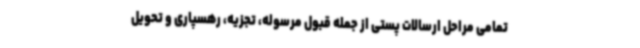
تمامی مراحل ارسالات پستی از جمله قبول مرسوله، تجزیه، رهسپاری و تحویل